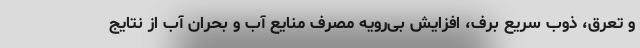
و تعرق، ذوب سریع برف، افزایش بی‌رویه مصرف منایع آب و بحران آب از نتایج